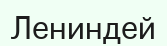
Лениндей